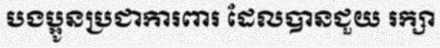
បងប្អូនប្រជាការពារ ដែលបានជួយ រក្សា